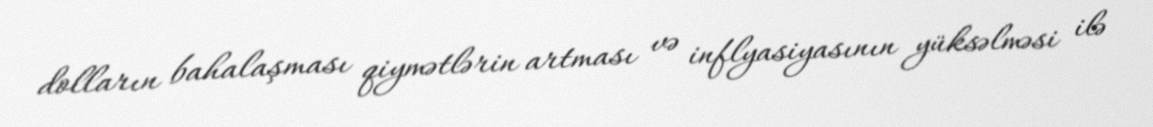
dolların bahalaşması qiymətlərin artması və inflyasiyasının yüksəlməsi ilə